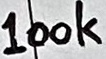
Text: 100k